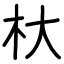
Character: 杕